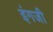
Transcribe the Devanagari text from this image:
इंगजी